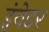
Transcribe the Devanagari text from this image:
इंवेडर